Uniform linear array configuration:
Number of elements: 8
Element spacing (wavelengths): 0.25
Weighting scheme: exponential
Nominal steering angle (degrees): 60
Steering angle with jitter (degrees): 60.231
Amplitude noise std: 0.05
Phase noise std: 0.05

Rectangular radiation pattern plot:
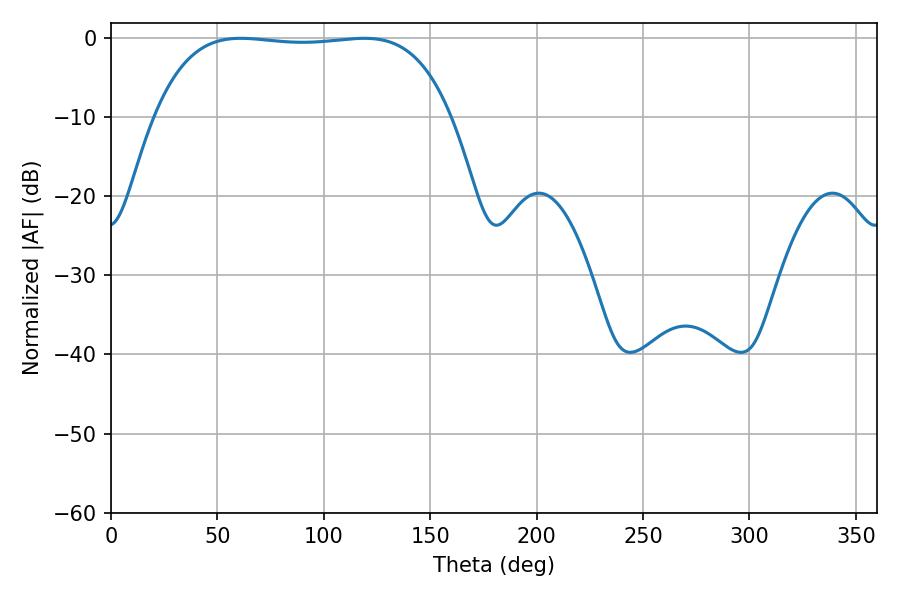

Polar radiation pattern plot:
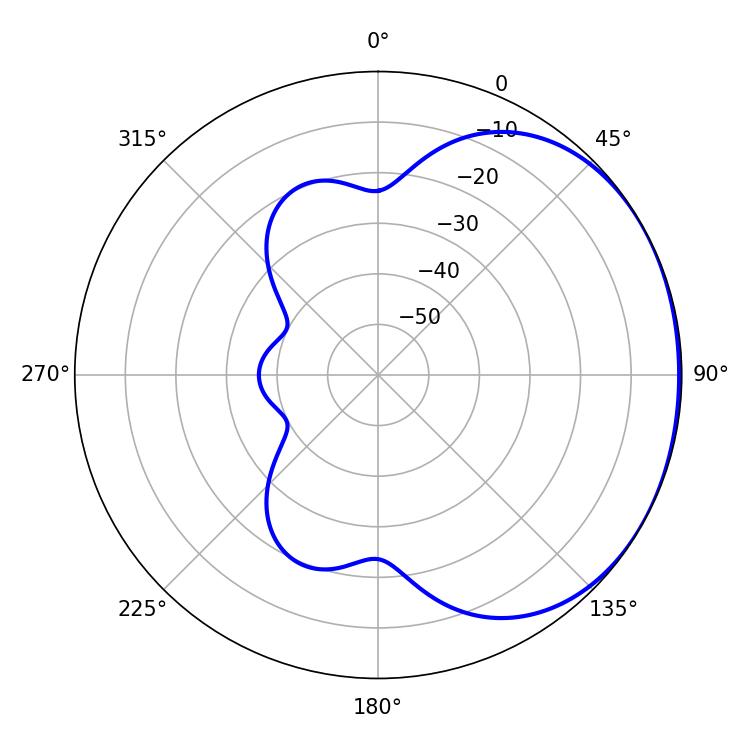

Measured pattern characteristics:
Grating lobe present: FALSE
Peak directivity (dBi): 1.104
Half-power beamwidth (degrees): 109.8
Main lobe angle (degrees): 61.02